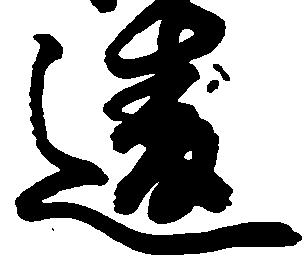
違